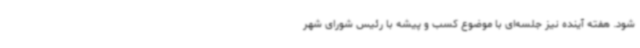
شود. هفته آینده نیز جلسه‌ای با موضوع کسب و پیشه با رئیس شورای شهر